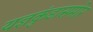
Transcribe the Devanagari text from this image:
यज्ञकुंडासमोर